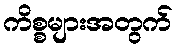
ကိစ္စများအတွက်